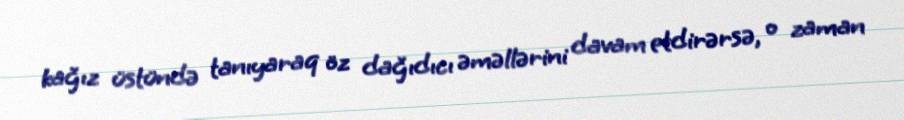
kağız üstündə tanıyaraq öz dağıdıcı əməllərini davam etdirərsə, o zaman